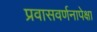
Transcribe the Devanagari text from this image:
प्रवासवर्णनापेक्षा